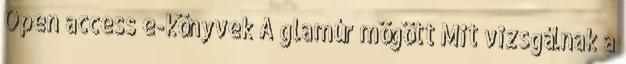
Open access e-könyvek A glamúr mögött Mit vizsgálnak a